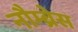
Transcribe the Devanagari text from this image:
नौम्ब्रेस